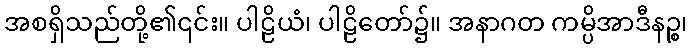
အစရှိသည်တို့၏၎င်း။ ပါဠိယံ၊ ပါဠိတော်၌။ အနာဂတ ကမ္ပိအာဒီနဉ္စ၊